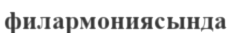
филармониясында